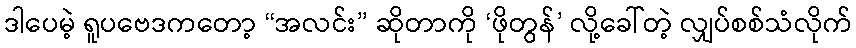
ဒါပေမဲ့ ရူပဗေဒကတော့ “အလင်း” ဆိုတာကို ‘ဖိုတွန်’ လို့ခေါ်တဲ့ လျှပ်စစ်သံလိုက်